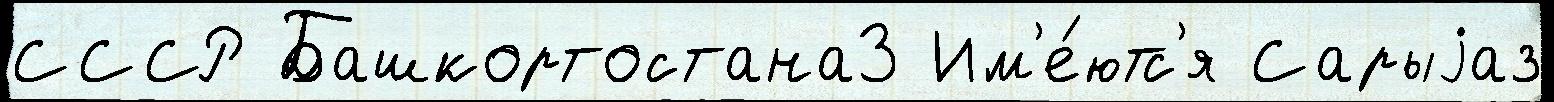
СССР Башкортостана3 Им'е́ютс'я Сарыjаз